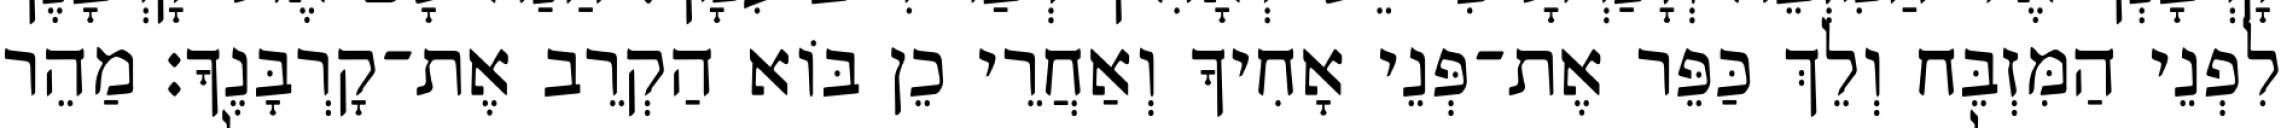
לִפְנֵי הַמִּזְבֵּח וְלֵךְ כַּפֵּר אֶת־פְּנֵי אָחִיךָ וְאַחֲרֵי כֵן בּוֹא הַקְרֵב אֶת־קָרְבָּנֶךָ׃ מַהֵר